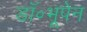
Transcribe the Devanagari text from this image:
डॉ॰भूपेन